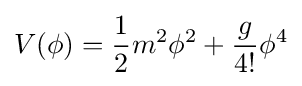
V(\phi )={\frac {1}{2}}m^{2}\phi ^{2}+{\frac {g}{4!}}\phi ^{4}